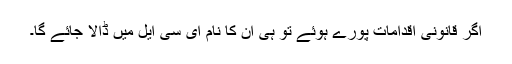
اگر قانونی اقدامات پورے ہوئے تو ہی ان کا نام ای سی ایل میں ڈالا جائے گا۔